Vaccination in Bombay 1869-1873 - 1869-1873
Year: 1869
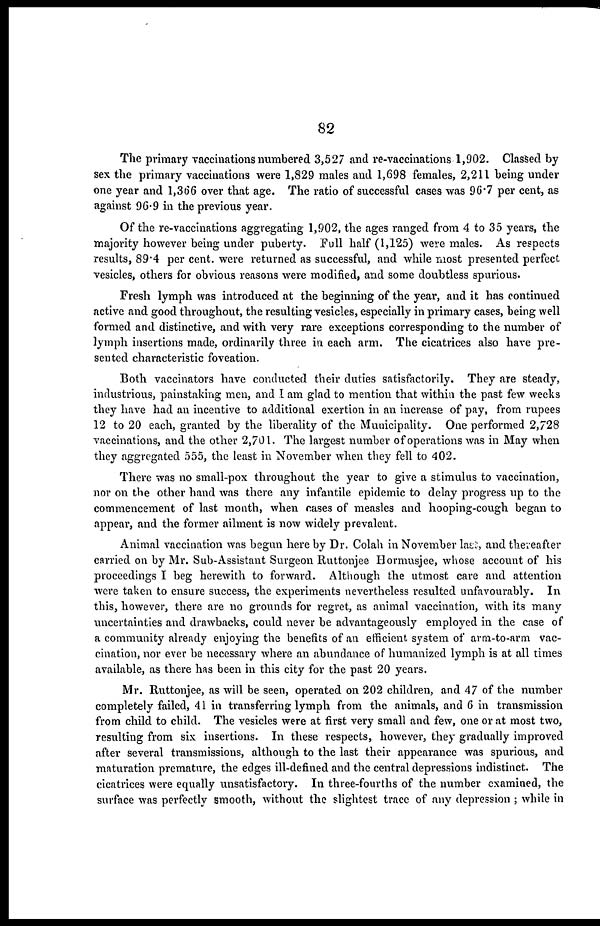
82
The primary vaccinations numbered 3,527 and re-vaccinations 1,902. Classed by
sex the primary vaccinations were 1,829 males and 1,698 females, 2,211 being under
one year and 1,366 over that age. The ratio of successful cases was 96.7 per cent, as
against 96.9 in the previous year.
Of the re-vaccinations aggregating 1,902, the ages ranged from 4 to 35 years, the
majority however being under puberty. Full half (1,125) were males. As respects
results, 89.4 per cent. were returned as successful, and while most presented perfect
vesicles, others for obvious reasons were modified, and some doubtless spurious.
Fresh lymph was introduced at the beginning of the year, and it has continued
active and good throughout, the resulting vesicles, especially in primary cases, being well
formed and distinctive, and with very rare exceptions corresponding to the number of
lymph insertions made, ordinarily three in each arm. The cicatrices also have pre-
sented characteristic foveation.
Both vaccinators have conducted their duties satisfactorily. They are steady,
industrious, painstaking men, and I am glad to mention that within the past few weeks
they have had an incentive to additional exertion in an increase of pay, from rupees
12 to 20 each, granted by the liberality of the Municipality. One performed 2,728
vaccinations, and the other 2,701. The largest number of operations was in May when
they aggregated 555, the least in November when they fell to 402.
There was no small-pox throughout the year to give a stimulus to vaccination,
nor on the other hand was there any infantile epidemic to delay progress up to the
commencement of last month, when cases of measles and hooping-cough began to
appear, and the former ailment is now widely prevalent.
Animal vaccination was begun here by Dr. Colah in November last, and thereafter
carried on by Mr. Sub-Assistant Surgeon Ruttonjee Hormusjee, whose account of his
proceedings I beg herewith to forward. Although the utmost care and attention
were taken to ensure success, the experiments nevertheless resulted unfavourably. In
this, however, there are no grounds for regret, as animal vaccination, with its many
uncertainties and drawbacks, could never be advantageously employed in the case of
a community already enjoying the benefits of an efficient system of arm-to-arm vac-
cination, nor ever be necessary where an abundance of humanized lymph is at all times
available, as there has been in this city for the past 20 years.
Mr. Ruttonjee, as will be seen, operated on 202 children, and 47 of the number
completely failed, 41 in transferring lymph from the animals, and 6 in transmission
from child to child. The vesicles were at first very small and few, one or at most two,
resulting from six insertions. In these respects, however, they gradually improved
after several transmissions, although to the last their appearance was spurious, and
maturation premature, the edges ill-defined and the central depressions indistinct. The
cicatrices were equally unsatisfactory. In three-fourths of the number examined, the
surface was perfectly smooth, without the slightest trace of any depression ; while in